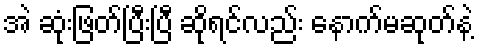
အဲ ဆုံးဖြတ်ပြီးပြီ ဆိုရင်လည်း နောက်မဆုတ်နဲ့